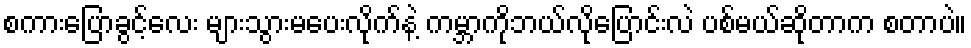
စကားပြောခွင့်လေး များသွားမပေးလိုက်နဲ့ ကမ္ဘာကိုဘယ်လိုပြောင်းလဲ ပစ်မယ်ဆိုတာက စတာပဲ။